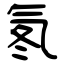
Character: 氡